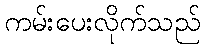
ကမ်းပေးလိုက်သည်